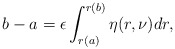
\begin{align*}b-a=\epsilon\int_{r(a)}^{r(b)}\eta(r,\nu)dr,\end{align*}